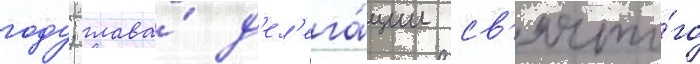
году; глава́ д'ел'ега́ции св'ято́го